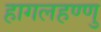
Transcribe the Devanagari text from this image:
हागलहण्णु